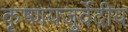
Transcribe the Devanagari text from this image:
कृष्णयजुर्वेदीय